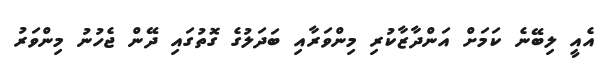
އެއީ ލިބޭނެ ކަމަށް އަންދާޒާކުރި މިންވަރާއި ބަދަލުގެ ގޮތުގައި ދޭން ޖެހުނު މިންވަރު